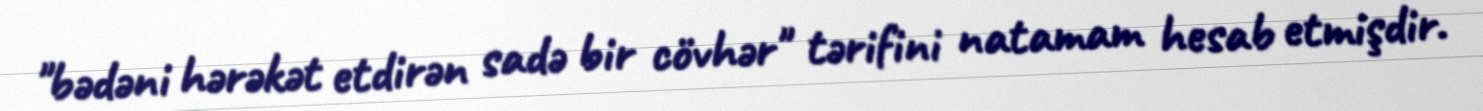
"bədəni hərəkət etdirən sadə bir cövhər" tərifini natamam hesab etmişdir.